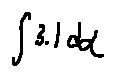
\int 3 . 1 d \alpha